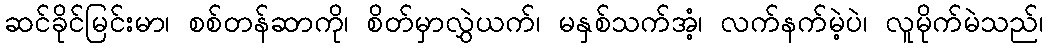
ဆင်ခိုင်မြင်းမာ၊ စစ်တန်ဆာကို၊ စိတ်မှာလွှဲယက်၊ မနှစ်သက်အံ့၊ လက်နက်မဲ့ပဲ၊ လူမိုက်မဲသည်၊